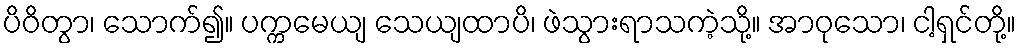
ပိဝိတွာ၊ သောက်၍။ ပက္ကမေယျ သေယျထာပိ၊ ဖဲသွားရာသကဲ့သို့။ အာဝုသော၊ ငါ့ရှင်တို့။